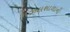
ગઝલશાળાની